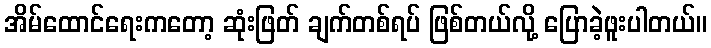
အိမ်ထောင်ရေးကတော့ ဆုံးဖြတ် ချက်တစ်ရပ် ဖြစ်တယ်လို့ ပြောခဲ့ဖူးပါတယ်။